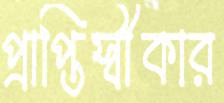
প্রাপ্তিস্বীকার